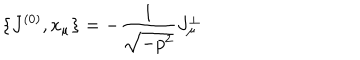
\{ J ^ { ( 0 ) } , x _ { \mu } \} = - \frac { 1 } { \sqrt { - p ^ { 2 } } } J _ { \mu } ^ { \bot }